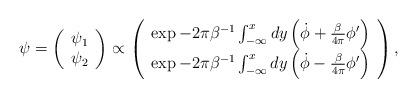
LaTeX: \begin{align*}\psi = \left( \begin{array}{c} \psi_1 \\ \psi_2 \end{array} \right) \propto \left( \begin{array}{c} \exp -2\pi\beta^{-1} \int^{x}_{-\infty} dy \left( \dot{\phi} + \frac{\beta}{4\pi} \phi' \right) \\ \exp -2\pi\beta^{-1} \int^{x}_{-\infty} dy \left( \dot{\phi} - \frac{\beta}{4\pi} \phi' \right) \end{array} \right) ,\end{align*}